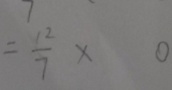
= \frac { 1 2 } { 7 } \times 0